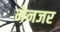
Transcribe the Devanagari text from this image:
मेनजर